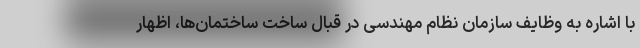
با اشاره به وظایف سازمان نظام مهندسی در قبال ساخت ساختمان‌ها، اظهار